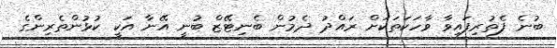
ބުނެ ފެތުރިފައިވާ ވާހަކަތަކަށް ރައްދު ދެމުން ބެނިޓޭޒް ބުނީ އޭނާ އަކީ ކުޅުންތެރިންގެ